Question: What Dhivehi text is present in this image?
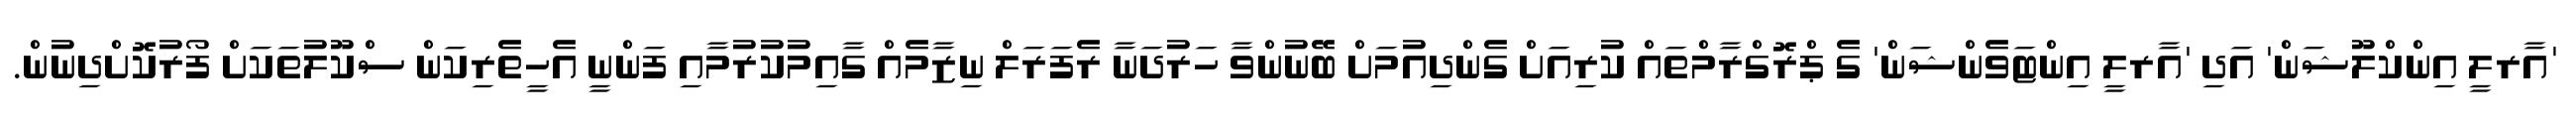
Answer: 'އާރލީ އިންކްލޫޝަން' އަދި 'އާރލީ އިންޓަވެންޝަން' ގެ ޕްރޮގްރާމްތައް ކުރިއަށް ގެންދިއުމަށް ބޭނުންވާ ހަރުދަނާ ރެފަރަލް ނިޒާމެއް ގާއިމުކުރުމާއި ފަންނީ އެހީތެރިކަން ސްކޫލުތަކަށް ފޯރުކޮށްދިނުން.